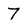
Character: 7